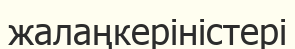
жалаңкеріністері